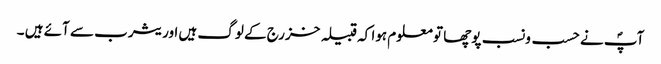
آپؐ نے حسب ونسب پوچھا تو معلوم ہوا کہ قبیلہ خزرج کے لوگ ہیں اور یثرب سے آئے ہیں ۔